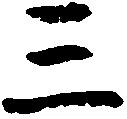
三